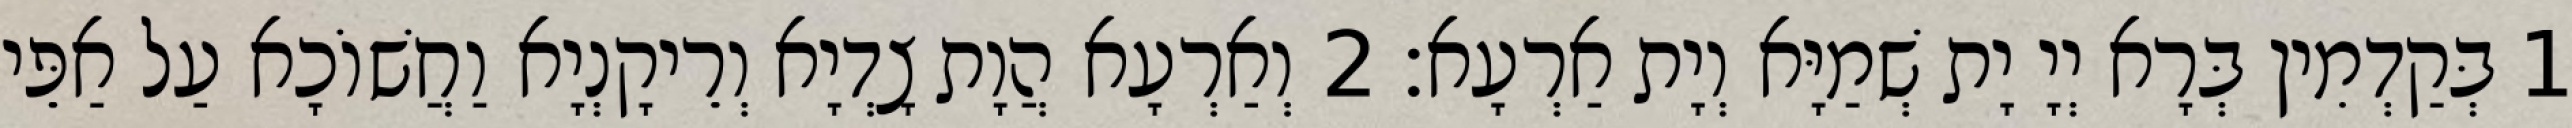
1 בְּקַדְמִין בְּרָא יְיָ יָת שְׁמַיָּא וְיָת אַרְעָא׃ 2 וְאַרְעָא הֲוָת צָדְיָא וְרֵיקָנְיָא וַחֲשׁוֹכָא עַל אַפֵּי